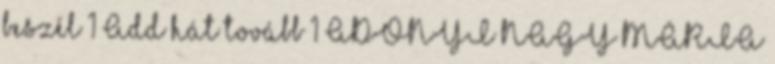
beszél 1 Add hát tovább 1 ADONYI NAGY MÁRIA